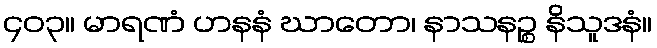
၄၀၃။ မာရဏံ ဟနနံ ဃာတော၊ နာသနဉ္စ နိသူဒနံ။